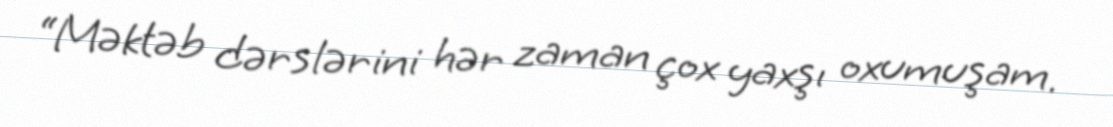
“Məktəb dərslərini hər zaman çox yaxşı oxumuşam.